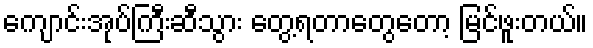
ကျောင်းအုပ်ကြီးဆီသွား တွေ့ရတာတွေတော့ မြင်ဖူးတယ်။